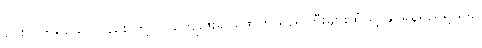
ပေးလိုက်ရသော်လည်း တို့ဝင် ကျေးဇူးရှင်ဖောက်သည်ကြီးများထံသို့ နိုင်ရန်ရည်ရွယ်၍